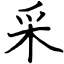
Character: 采